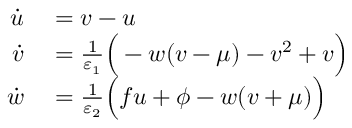
\begin{array} { r l } { \dot { u } } & { { } = v - u } \\ { \dot { v } } & { { } = \frac { 1 } { \varepsilon _ { 1 } } \Big ( - w ( v - \mu ) - v ^ { 2 } + v \Big ) } \\ { \dot { w } } & { { } = \frac { 1 } { \varepsilon _ { 2 } } \Big ( f u + \phi - w ( v + \mu ) \Big ) } \end{array}